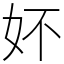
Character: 妚